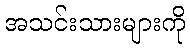
အသင်းသားများကို